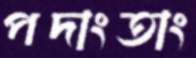
পদাংতাং